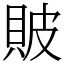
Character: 貱